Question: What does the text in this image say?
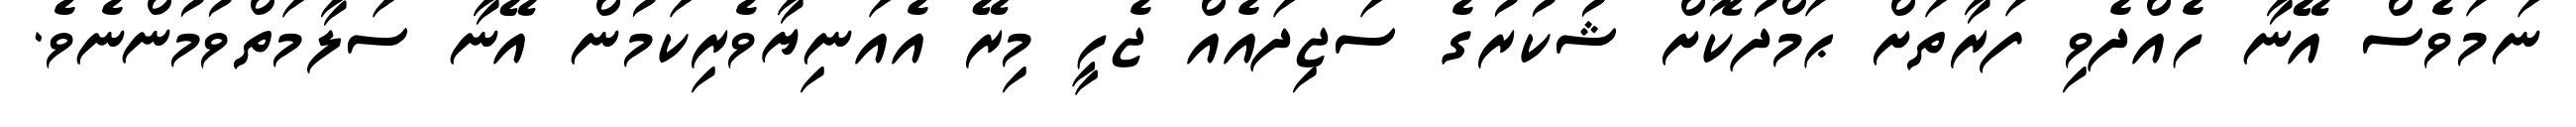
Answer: ނަމަވެސް އޭނާ ހެއްދެވި ފަރާތަށް ޙަމްދުކޮށް ޝުކުރުގެ ސަޖިދައެއް ޖެހީ މިރޭ އެއަނިޔާވެރިކަމުން އޭނާ ސަލާމަތްވުމުންނެވެ.